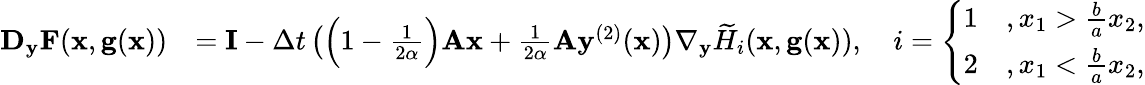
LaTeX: \begin{array}{rl}{\mathbf D_{\mathbf y}\mathbf F(\mathbf x,\mathbf g(\mathbf x))}&{=\mathbf I-\Delta t\left(\Big(1-\frac{1}{2\alpha}\Big)\mathbf A\mathbf x+\frac{1}{2\alpha}\mathbf A\mathbf y^{(2)}(\mathbf x)\right)\nabla_{\mathbf y}\widetilde H_{i}(\mathbf x,\mathbf g(\mathbf x)),\quad i=\left\{ \begin{array}{ll}{1}&{,x_{1}>\frac{b}{a}x_{2},}\\ {2}&{,x_{1}<\frac{b}{a}x_{2},}\end{array}\right.}\end{array}